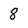
Character: 8